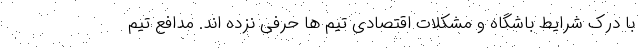
با درک شرایط باشگاه و مشکلات اقتصادی تیم ها حرفی نزده اند. مدافع تیم